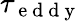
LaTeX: \tau_{\mathrm{~e~d~d~y~}}